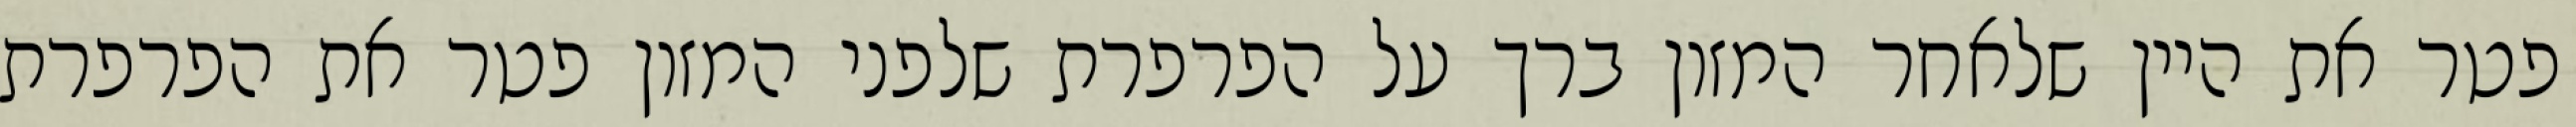
פטר את היין שלאחר המזון ברך על הפרפרת שלפני המזון פטר את הפרפרת